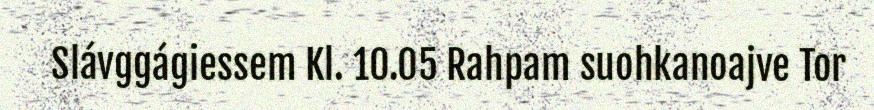
Slávggágiessem Kl. 10.05 Rahpam suohkanoajve Tor